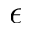
\epsilon